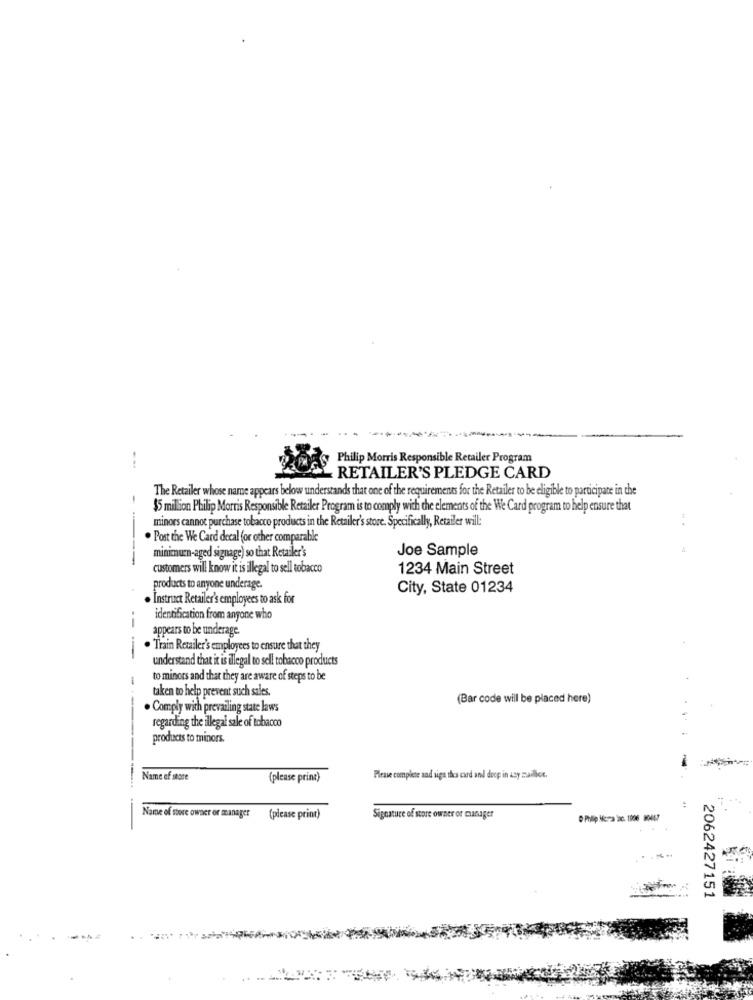
Philip Morris Responsible Retailer Program
RETAILER'S PLEDGE CARD
The Retailer whose name appears below understands that one of the requirements for the Retailer to be eligible to participate in the
$5 million Philip Morris Responsible Retailer Program is to comply with the elements of the We Card program to help ensure that
minors cannot purchase tobacco products in the Retailer's store. Specifically, Retailer will:
. Post the We Card decal for other comparable
minimun-aged signage) so that Retailer's
Joe Sample
---
customers will know it is illegal to sell tobacco
1234 Main Street
products to anyone underage.
City, State 01234
. Instruct Retailer's employees to ask for
-
identification from anyone who
appears to be underage
-
. Train Retailer's employees to ensure that they
understand that it is illegal to sell tobacco products
-
to minors and that they are aware of steps to be
taken to help prevent such sales.
(Bar code will be placed here)
. Comply with prevailing state laws
regarding the illegal sale of tobacco
products to minors.
Name of store
(please print)
Please complete and siga thes card and deep in asy mailbox.
-
Name of store owner or manager (please print)
Signature of store owner or manager
2062427151